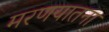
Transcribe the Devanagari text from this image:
मरणयातना